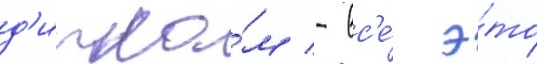
д'ипло́м - вс'е́ э́то